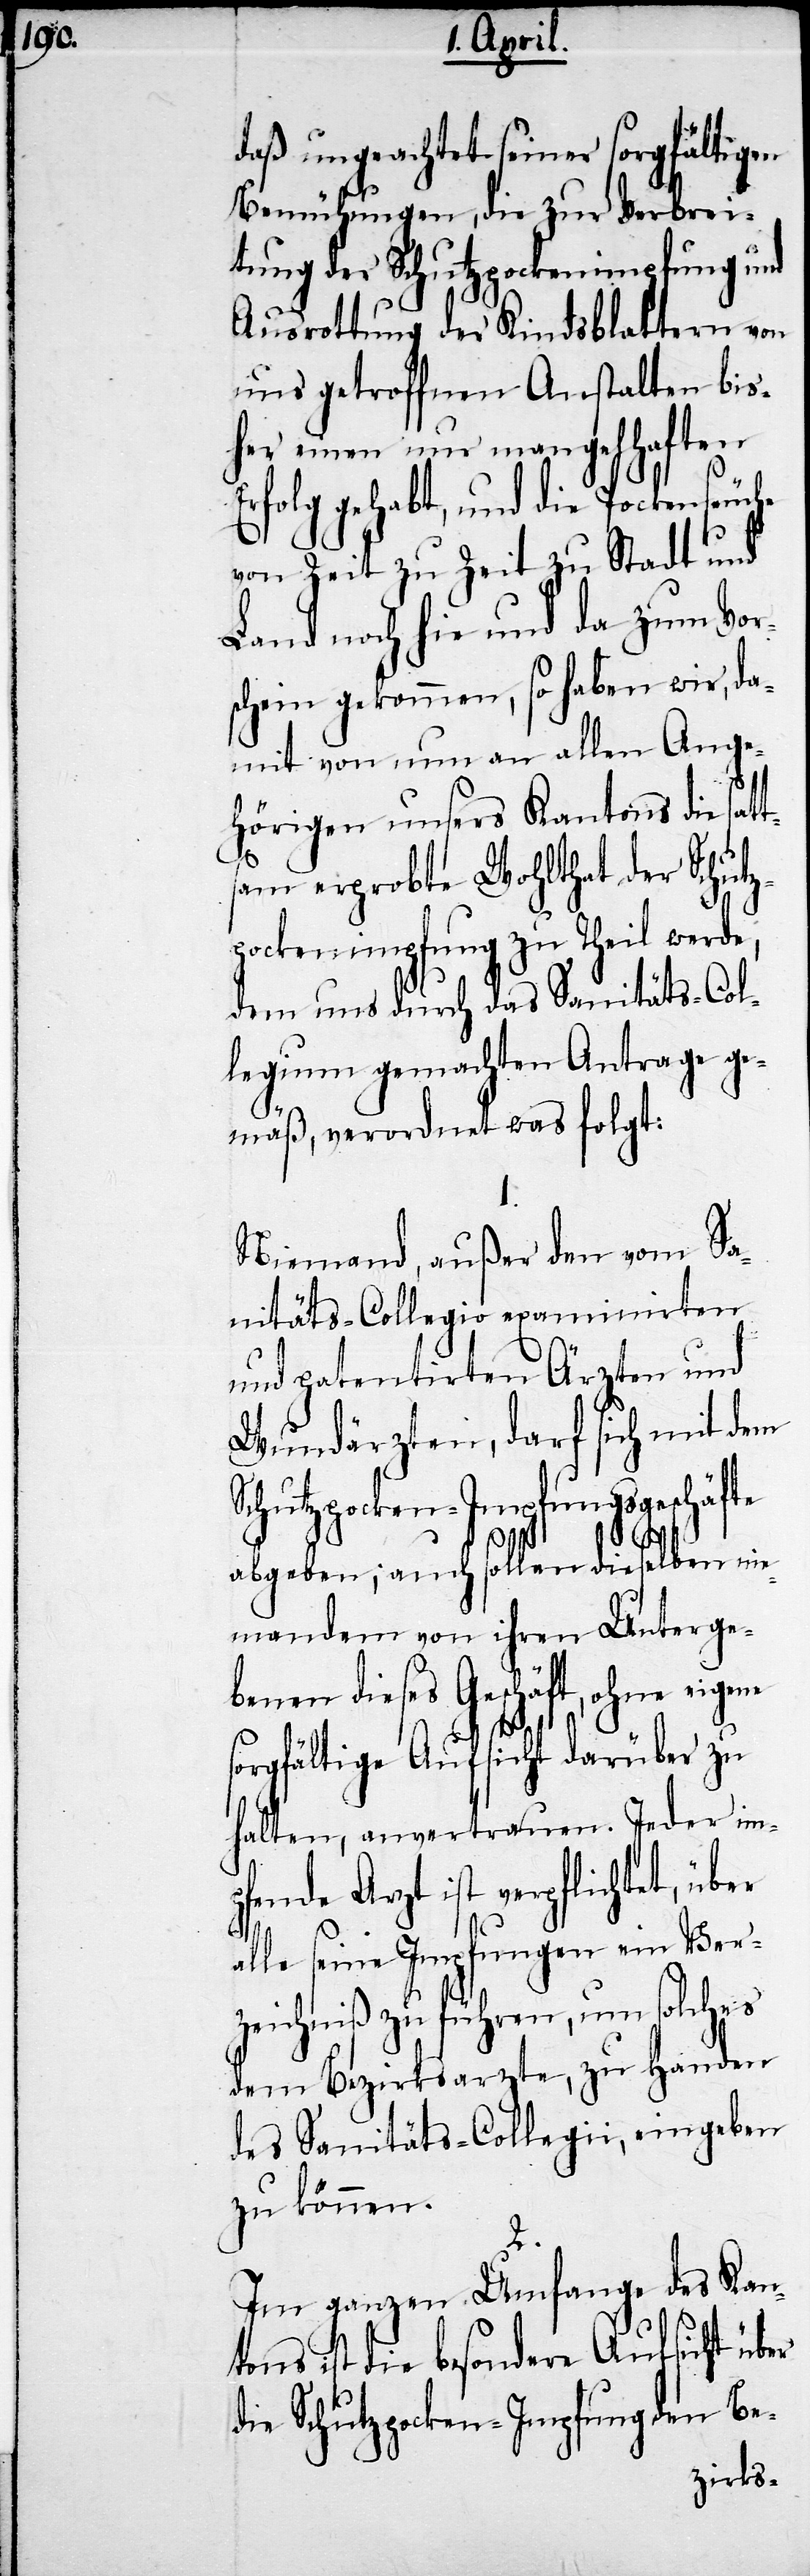
e,

daß ungeachtet seiner sorgfältigen
Bemühungen, die zur Verbrei¬
tung der Schutzpockenimpfung und
Ausrottung der Kindsblattern von
uns getroffnen Anstalten bis¬
her einen nur mangelhaften
Erfolg gehabt, und die Pockenseuche
von Zeit zu Zeit zu Stadt und
Land noch hie und da zum Vor¬
schein gekommen, so haben wir, da¬
mit von nun an allen Ange¬
hörigen unsers Kantons die sat¬
tsam erprobte Wohlthat der Schutz¬
pockenimpfung zu Theil werd¬
dem und durch das Santitäts-Col¬
legium gemachten Antrage ge¬
mäß, verordnet was folgt:
Niemand, außer den vom Sa¬
nitäts-Collegio examinirten
und patentirten Ärzten und
Wundärzten, darf sich mit dem
Schutzpocken-Impfungsgeschäfte
abgeben; auch sollen dieselben nie¬
mandem von ihren Unterge¬
benen dieses Geschäft, ohne eigene
sorgfältige Aufsicht darüber zu
halten, anvertrauen. Jeder im¬
pfende Arzt ist verpflichtet, über
alle seine Impfungen ein Ver¬
zeichniß zu führen, um solches
dem Bezirksarzte, zu Handen
des Sanitäts-Collegii, eingeben
zu können.
Im ganzen Umfange des Kan¬
tons ist die besondere Aufsicht über
die Schutzpocken-Impfung den Be-